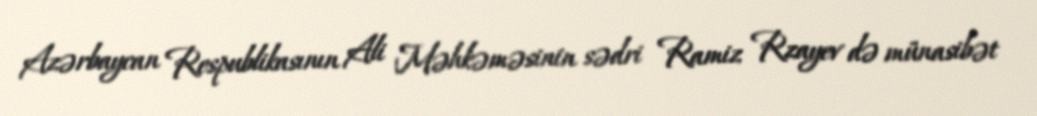
Azərbaycan Respublikasının Ali Məhkəməsinin sədri Ramiz Rzayev də münasibət